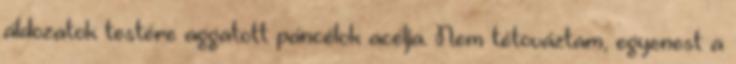
áldozatok testére aggatott páncélok acélja. Nem tétováztam, egyenest a